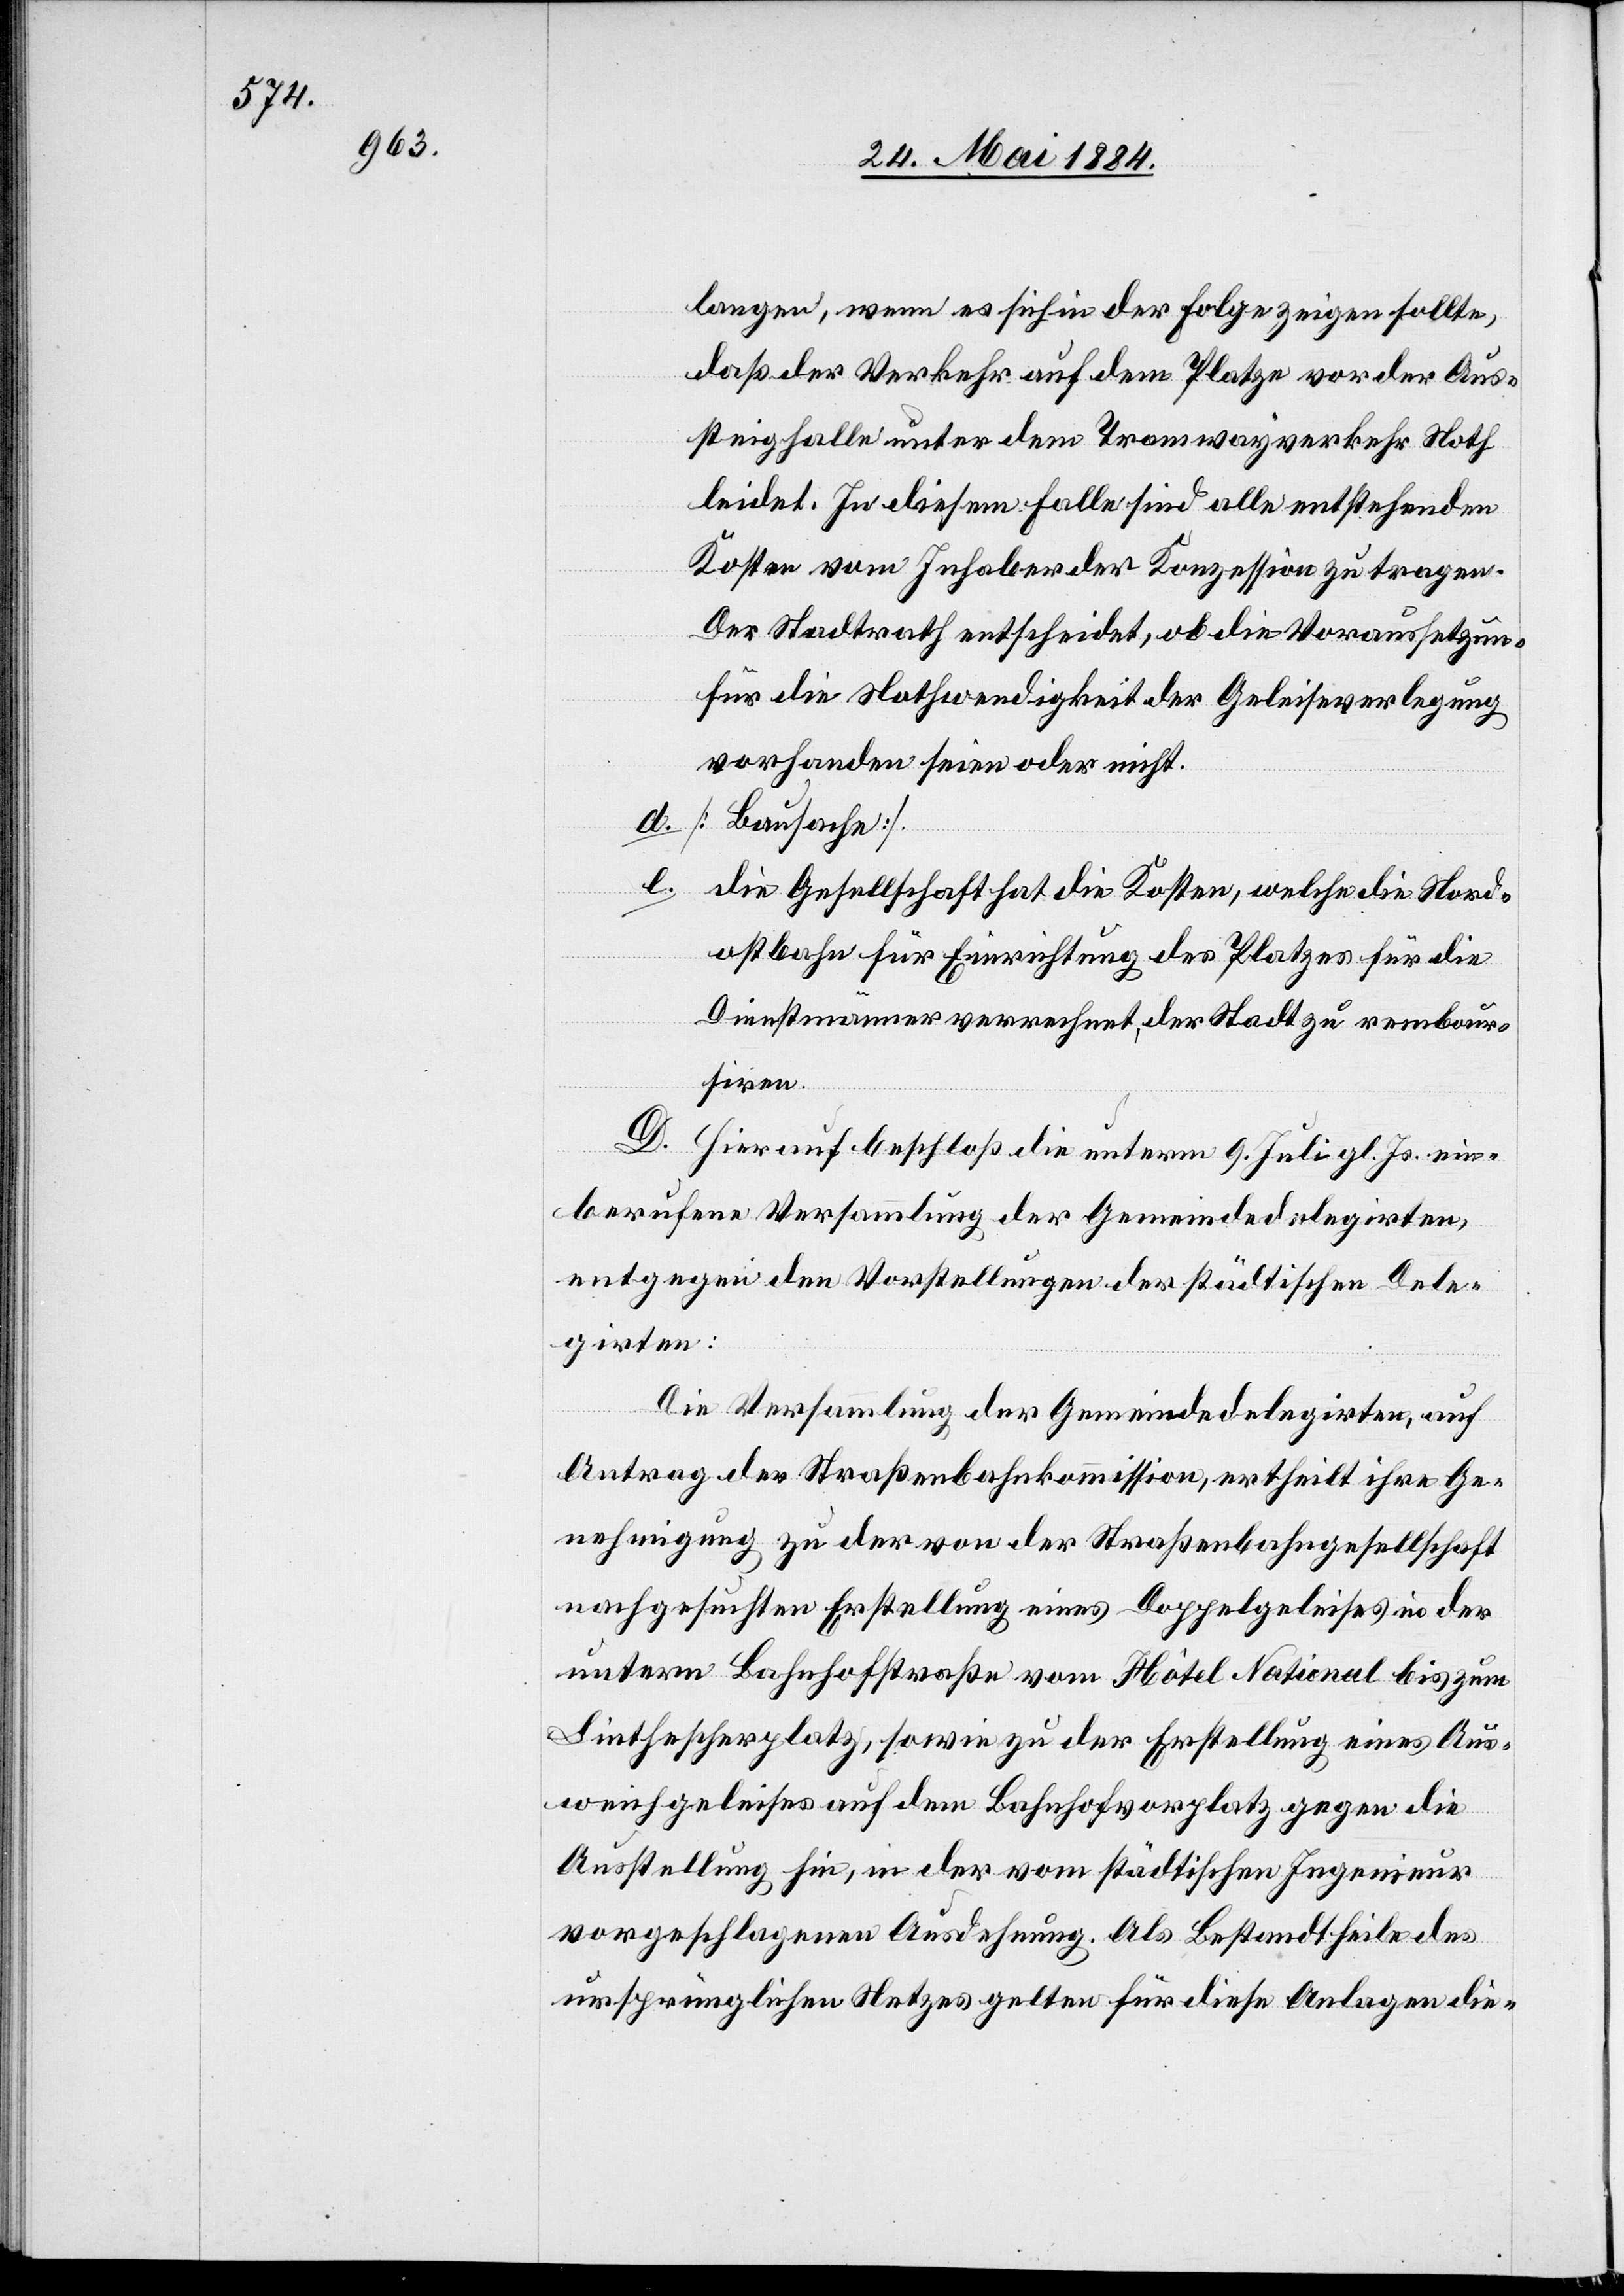
langen, wenn es sich in der Folge zeigen sollte,
daß der Verkehr auf dem Platze vor der Aus¬
steighalle unter dem Tramwayverkehr Noth
leidet. In diesem Falle sind alle entstehenden
Kosten vom Inhaber der Konzession zu tragen.
Der Stadtrath entscheidet, ob die Voraussetzun¬
für die Nothwendigkeit der Geleiseverlegung
vorhanden seien oder nicht.
d. [Bausache].
gen
e. die Gesellschaft hat die Kosten, welche die Nord¬
ostbahn für Einrichtung des Platzes für die
Dienstmänner verrechnet, der Stadt zu rembour¬
sieren.
D. Hierauf beschloß die unterm 9. Juli gl. Js. ein¬
berufene Versammlung der Gemeindedelegirten,
entgegen den Vorstellungen der städtischen Dele¬
girten:
Die Versammlung der Gemeindedelegirten, auf
Antrag der Straßenbahnkommission, ertheilt ihre Ge¬
nehmigung zu der von der Straßenbahngesellschaft
nachgesuchten Erstellung eines Doppelgeleises in der
unteren Bahnhofstraße vom Hôtel National bis zum
Linthescherplatz, sowie zu der Erstellung eines Aus¬
weichgeleises auf dem Bahnhofvorplatz gegen die
Ausstellung hin, in der vom städtischen Ingenieur
vorgeschlagenen Ausdehnung. Als Bestandtheile des
ursprünglichen Netzes gelten für diese Anlagen die